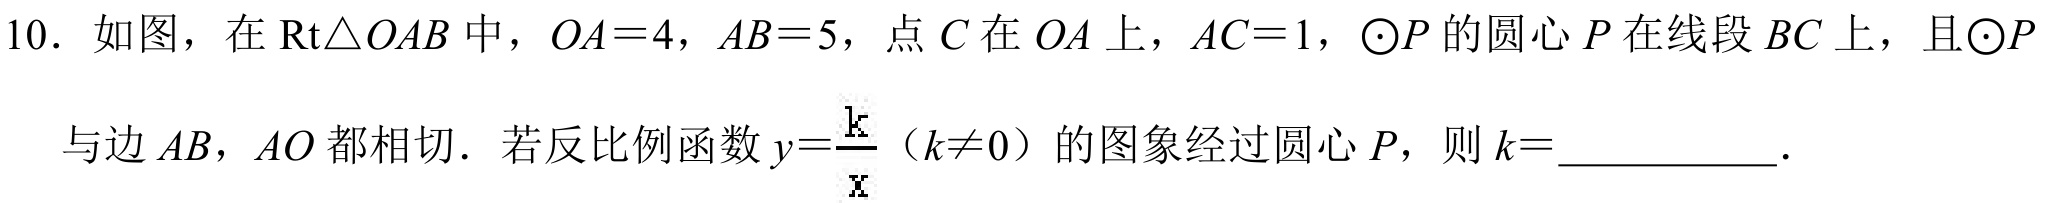
10. 如图，在$\text{Rt}\triangle OAB$中，$OA = 4$，$AB = 5$，点$C$在$OA$上，$AC = 1$，$\odot P$的圆心$P$在线段$BC$上，且$\odot P$
与边$AB$，$AO$都相切．若反比例函数$y = \frac{k}{x}$（$k\neq0$）的图象经过圆心$P$，则$k =$__________．